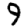
Digit: 9